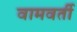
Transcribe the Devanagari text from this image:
वामवर्ती